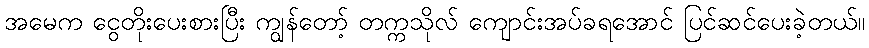
အမေက ငွေတိုးပေးစားပြီး ကျွန်တော့် တက္ကသိုလ် ကျောင်းအပ်ခရအောင် ပြင်ဆင်ပေးခဲ့တယ်။